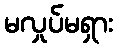
မလှုပ်မရှား